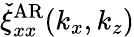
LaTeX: \check{\xi}_{xx}^{\mathrm{AR}}(k_{x},k_{z})